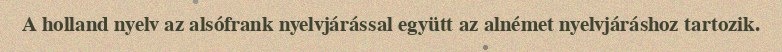
A holland nyelv az alsófrank nyelvjárással együtt az alnémet nyelvjáráshoz tartozik.